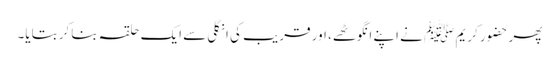
پھر حضور کریم ﷺ نے اپنے انگوٹھے، اور قریب کی انگلی سے ایک حلقہ بناکر بتایا۔